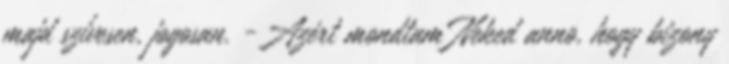
majd szívesen, jogosan. -Azért mondtam Neked anno, hogy bizony